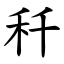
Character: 䄭